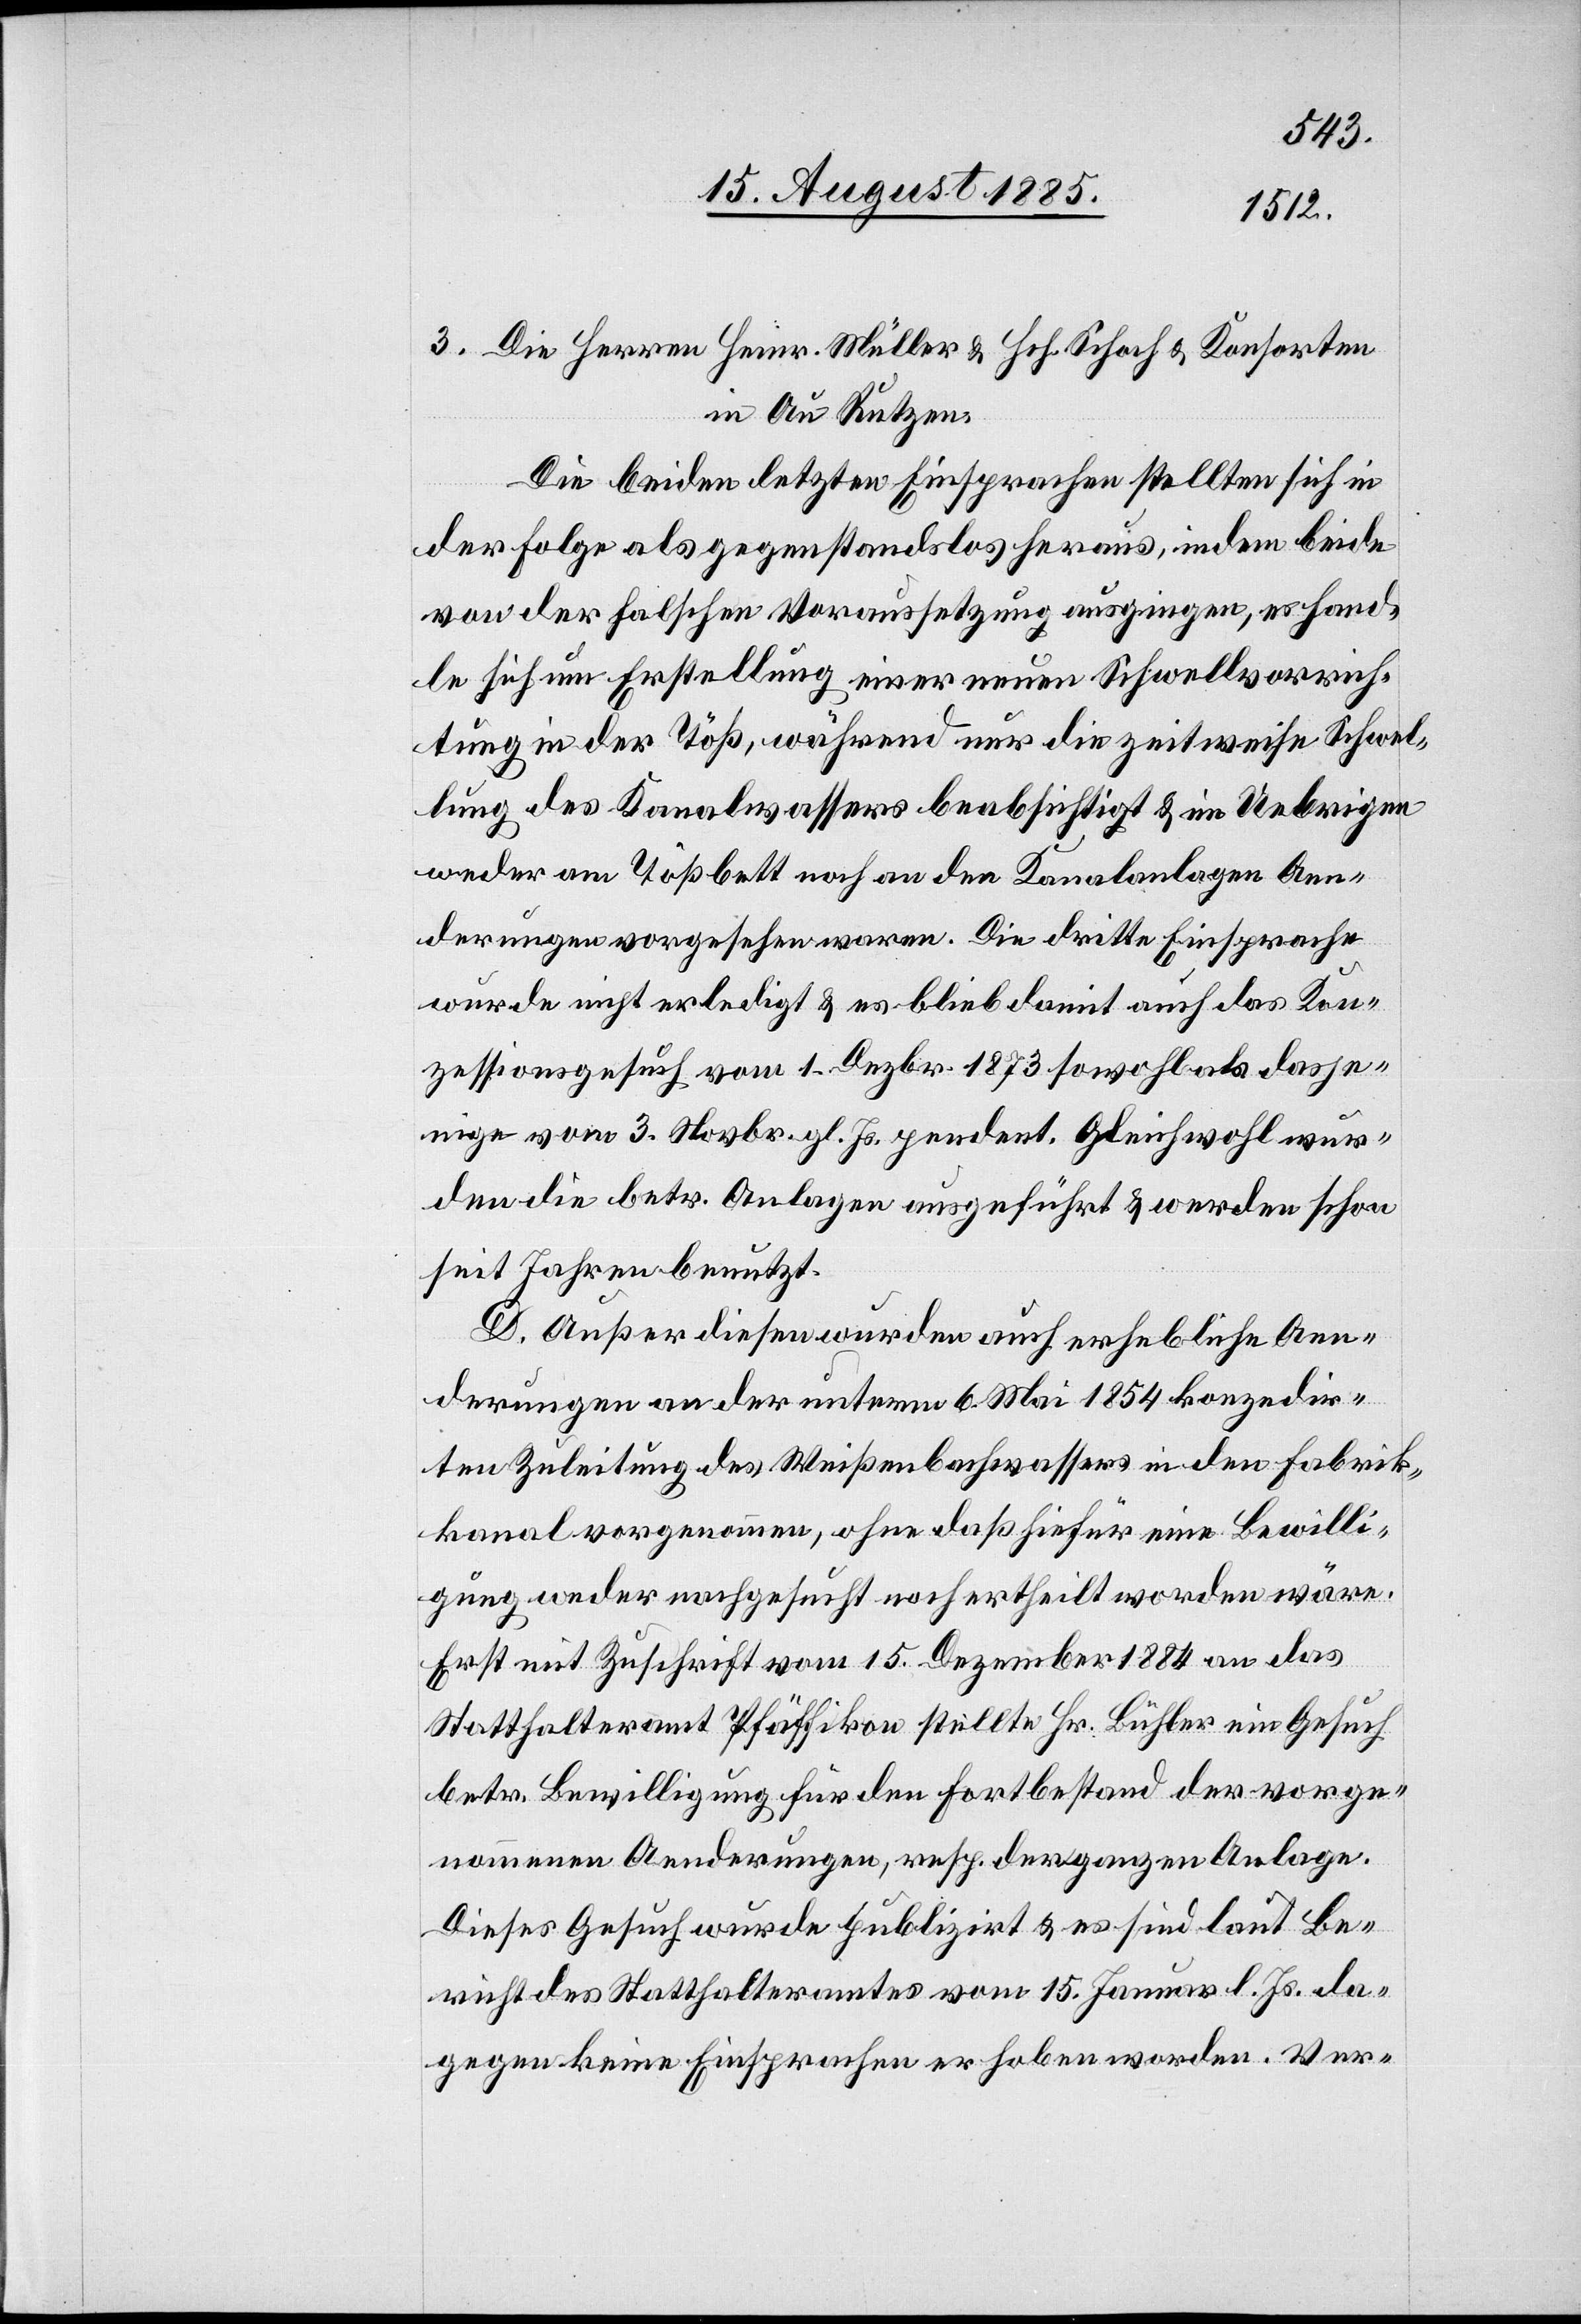
3. Die Herren Heinr. Müller & Hch. Schoch & Konsorten
in Au Rutzen.
Die beiden letzten Einsprachen stellten sich in
der Folge als gegenstandslos heraus, indem beide
von der falschen Voraussetzung ausgingen, es hand¬
le sich um Erstellung einer neuen Schwellvorrich¬
tung in der Töß, während nur die zeitweise Schwel¬
lung des Kanalwassers beabsichtigt & im Uebrigen
weder am Tößbett noch an den Kanalanlagen Aen¬
derungen vorgesehen waren. Die dritte Einsprache
wurde nicht erledigt & es blieb damit auch das Kon¬
zessionsgesuch vom 1. Dezbr. 1873 sowohl als dasje¬
nige vom 3. Novbr. gl. Js. pendent. Gleichwohl wur¬
den die betr. Anlagen ausgeführt & werden schon
seit Jahren benutzt.
D. Außer diesen wurden auch erhebliche Aen¬
derungen an der untern 6. Mai 1854 konzedir¬
ten Zuleitung des Weißenbachwassers in den Fabrik¬
kanal vorgenommen, ohne daß hiefür eine Bewilli¬
gung weder nachgesucht noch ertheilt worden wäre.
Erst mit Zuschrift vom 15. Dezember 1884 an das
Statthalteramt Pfäffikon stellte Hr. Bühler ein Gesuch
betr. Bewilligung für den Fortbestand der vorge¬
nommenen Aenderungen, resp. der ganzen Anlage.
Dieses Gesuch wurde publizirt & es sind laut Be¬
richt des Statthalteramtes vom 15. Januar l. Js. da¬
gegen keine Einsprachen erhoben worden. Ver-